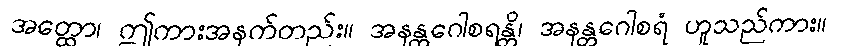
အတ္ထော၊ ဤကားအနက်တည်း။ အနန္တဂေါစရန္တိ၊ အနန္တဂေါစရံ ဟူသည်ကား။